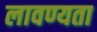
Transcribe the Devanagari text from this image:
लावण्‍यता